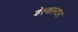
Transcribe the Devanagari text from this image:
डेस्कस्टार